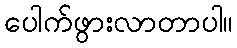
ပေါက်ဖွားလာတာပါ။